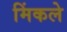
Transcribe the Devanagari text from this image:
मिंकले